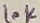
Text: 10K